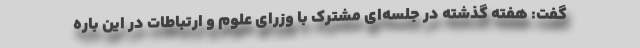
گفت: هفته گذشته در جلسه‌ای مشترک با وزرای علوم و ارتباطات در این باره